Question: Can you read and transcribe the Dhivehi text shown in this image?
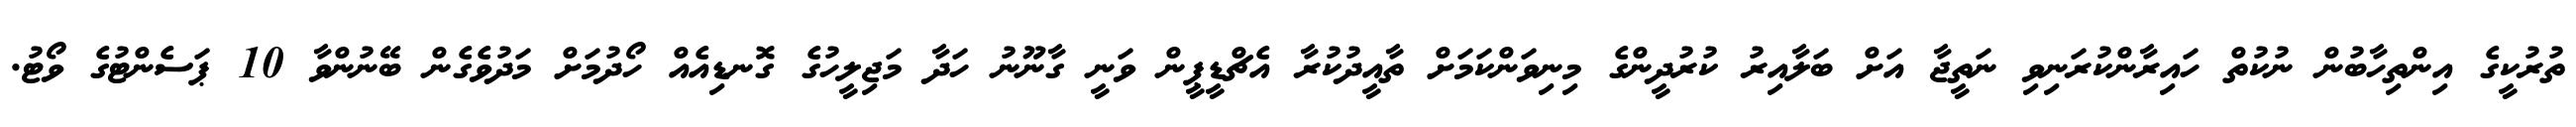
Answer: ތުރުކީގެ އިންތިހާބުން ނުކުތް ހައިރާންކުރަނިވި ނަތީޖާ އަށް ބަލާއިރު ކުރުދީންގެ މިނިވަންކަމަށް ތާއީދުކުރާ އެޗްޑީޕީން ވަނީ ގާނޫނު ހަދާ މަޖިލީހުގެ ގޮނޑިއެއް ހޯދުމަށް މަދުވެގެން ބޭނުންވާ 10 ޕަސެންޓުގެ ވޯޓު.